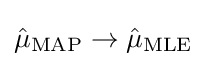
{\hat {\mu }}_{\mathrm {MAP} }\to {\hat {\mu }}_{\mathrm {MLE} }